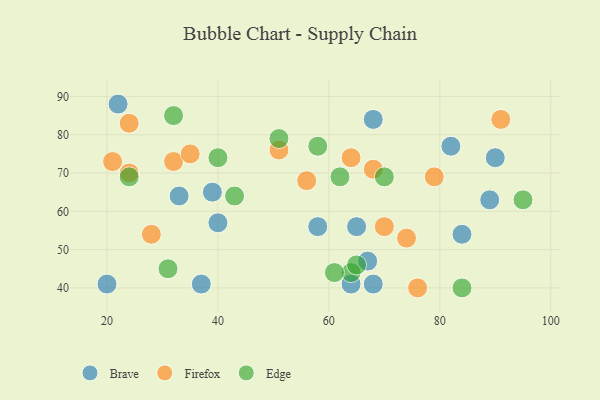
{"axis": {"x": "GDP", "y": "Life Expectancy"}, "legend": ["Brave", "Edge", "Firefox"], "data": [{"x": "40", "y": 57, "type": "Brave"}, {"x": "22", "y": 88, "type": "Brave"}, {"x": "89", "y": 63, "type": "Brave"}, {"x": "33", "y": 64, "type": "Brave"}, {"x": "20", "y": 41, "type": "Brave"}, {"x": "68", "y": 41, "type": "Brave"}, {"x": "90", "y": 74, "type": "Brave"}, {"x": "64", "y": 41, "type": "Brave"}, {"x": "67", "y": 47, "type": "Brave"}, {"x": "37", "y": 41, "type": "Brave"}, {"x": "58", "y": 56, "type": "Brave"}, {"x": "82", "y": 77, "type": "Brave"}, {"x": "84", "y": 54, "type": "Brave"}, {"x": "65", "y": 56, "type": "Brave"}, {"x": "68", "y": 84, "type": "Brave"}, {"x": "39", "y": 65, "type": "Brave"}, {"x": "24", "y": 83, "type": "Firefox"}, {"x": "28", "y": 54, "type": "Firefox"}, {"x": "56", "y": 68, "type": "Firefox"}, {"x": "79", "y": 69, "type": "Firefox"}, {"x": "32", "y": 73, "type": "Firefox"}, {"x": "35", "y": 75, "type": "Firefox"}, {"x": "76", "y": 40, "type": "Firefox"}, {"x": "91", "y": 84, "type": "Firefox"}, {"x": "74", "y": 53, "type": "Firefox"}, {"x": "64", "y": 74, "type": "Firefox"}, {"x": "70", "y": 56, "type": "Firefox"}, {"x": "24", "y": 70, "type": "Firefox"}, {"x": "21", "y": 73, "type": "Firefox"}, {"x": "51", "y": 76, "type": "Firefox"}, {"x": "68", "y": 71, "type": "Firefox"}, {"x": "32", "y": 85, "type": "Edge"}, {"x": "64", "y": 44, "type": "Edge"}, {"x": "40", "y": 74, "type": "Edge"}, {"x": "24", "y": 69, "type": "Edge"}, {"x": "51", "y": 79, "type": "Edge"}, {"x": "58", "y": 77, "type": "Edge"}, {"x": "61", "y": 44, "type": "Edge"}, {"x": "43", "y": 64, "type": "Edge"}, {"x": "31", "y": 45, "type": "Edge"}, {"x": "62", "y": 69, "type": "Edge"}, {"x": "65", "y": 46, "type": "Edge"}, {"x": "95", "y": 63, "type": "Edge"}, {"x": "84", "y": 40, "type": "Edge"}, {"x": "70", "y": 69, "type": "Edge"}]}